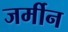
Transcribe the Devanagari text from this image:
जर्मीन